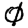
Digit: 0